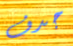
جدف